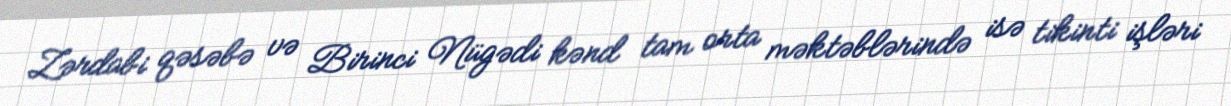
Zərdabi qəsəbə və Birinci Nügədi kənd tam orta məktəblərində isə tikinti işləri